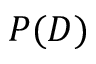
P ( D )